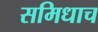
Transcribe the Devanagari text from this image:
समिधाच